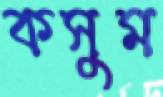
কসুম